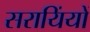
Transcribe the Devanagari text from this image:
सरायिंयों